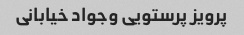
پرویز پرستویی وجواد خیابانی